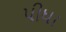
પીધા